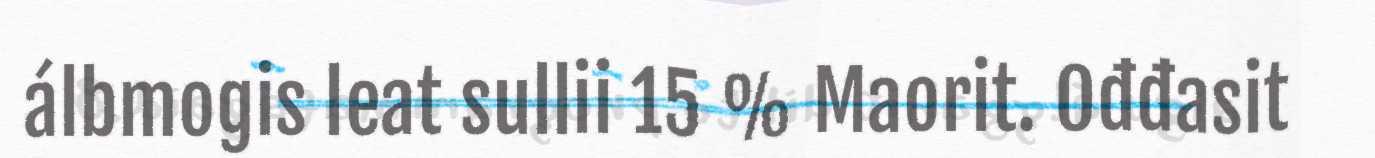
álbmogis leat sullii 15 % Maorit. Ođđasit